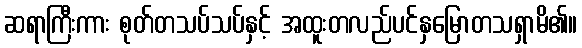
ဆရာကြီးကား စုတ်တသပ်သပ်နှင့် အထူးတလည်ပင်နှမြောတသရှာမိ၏။